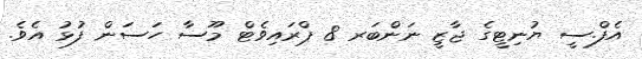
އެފް.ސީ ޔުނިޓީގެ ޖާޒީ ނަންބަރ 8 ޕްރައިވެޓް މޫސާ ހަސަން ފުޅު އެވެ.